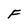
Character: F